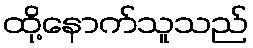
ထို့နောက်သူသည်